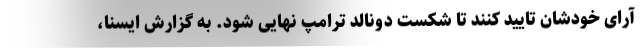
آرای خودشان تایید کنند تا شکست دونالد ترامپ نهایی شود. به گزارش ایسنا،